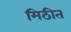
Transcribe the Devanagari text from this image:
मिठीत